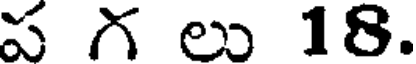
ప గ లు 18.